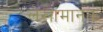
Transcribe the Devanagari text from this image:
लेखामानक